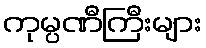
ကုမ္ပဏီကြီးများ